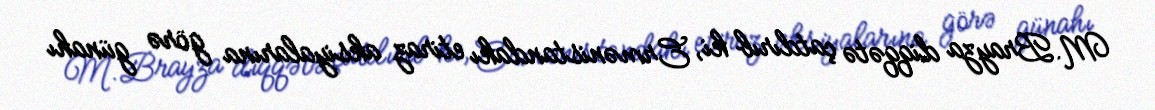
M.Brayza diqqətə çatdırıb ki, Ermənistandakı etiraz aksiyalarına görə günahı